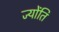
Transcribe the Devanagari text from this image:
ज्योंति